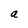
Character: a